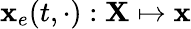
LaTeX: {\mathbf x}_{e}(t,\cdot):{\mathbf X}\mapsto{\mathbf x}